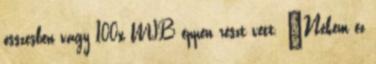
összesben vagy 100x MIB éppen részt vett. “Nekem ez